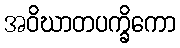
အဝိဃာတပက္ခိကော